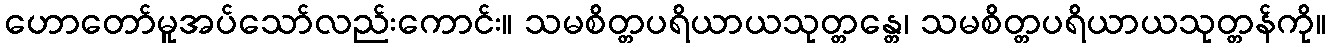
ဟောတော်မူအပ်သော်လည်းကောင်း။ သမစိတ္တပရိယာယသုတ္တန္တေ၊ သမစိတ္တပရိယာယသုတ္တန်ကို။